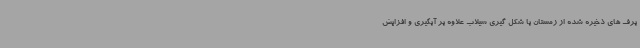
برف های ذخیره شده از زمستان با شکل گیری سیلاب علاوه بر آبگیری و افزایش